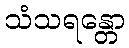
သံသရန္တော